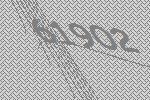
61902